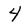
Character: 4